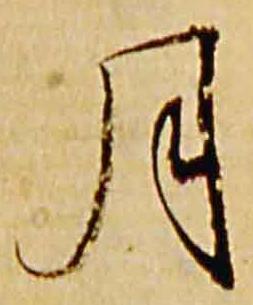
月